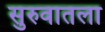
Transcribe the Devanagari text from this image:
सुरुवातला